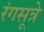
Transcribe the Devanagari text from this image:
रंगसूत्रे